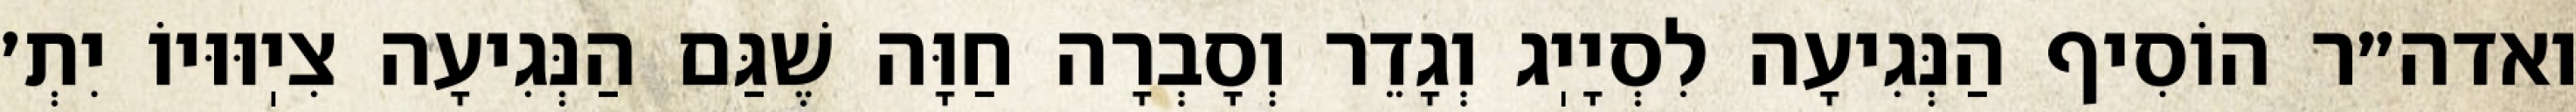
ואדה״ר הוֹסִיף הַנְּגִיעָה לִסְיָיֽג וְגָדֵר וְסָבְרָה חַוָּה שֶׁגַּם הַנְּגִיעָה צִיֽוּוּיוֹ יִתְ׳